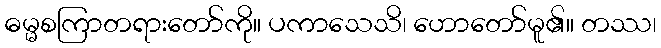
ဓမ္မစကြာတရားတော်ကို။ ပကာသေသိ၊ ဟောတော်မူ၏။ တဿ၊